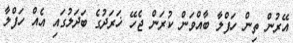
އޭރުން ތިން ހަފްލާ ބާއްވަން ކުރަން ޖެހޭ ޚަރަދުގެ ބަދަލުގައި އެއް ހަފްލާ